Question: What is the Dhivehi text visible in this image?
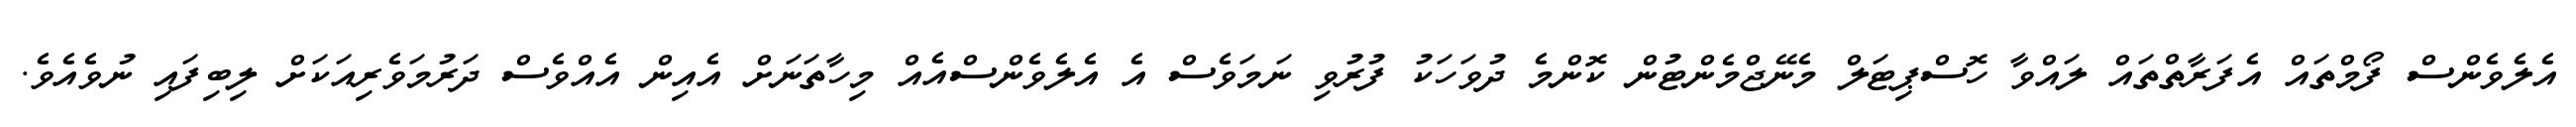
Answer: އެލެވެންސް ފޯމްތައް އެފަރާތްތައް ލައްވާ ހޮސްޕިޓަލް މެނޭޖްމެންޓުން ކޮންމެ ދުވަހަކު ފުރުވި ނަމަވެސް އެ އެލެވެންސްއެއް މިހާތަނަށް އެއިން އެއްވެސް ދަރުމަވެރިއަކަށް ލިބިފައި ނުވެއެވެ.